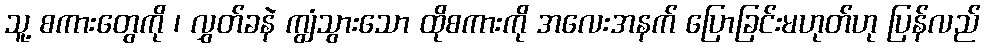
သူ့ စကားတွေကို ၊ လွှတ်ခနဲ ကျွံသွားသော ထိုစကားကို အလေးအနက် ပြောခြင်းမဟုတ်ဟု ပြန်လည်